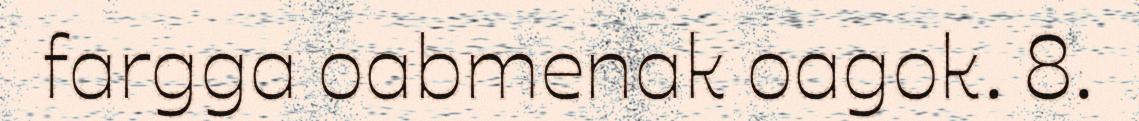
fargga oabmenak oagok. 8.